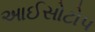
આઈસોટોપ